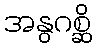
အနွဂစ္ဆိ